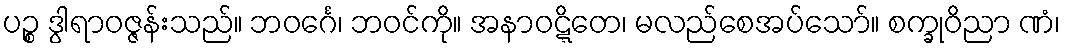
ပဉ္စ ဒွါရာဝဇ္ဇန်းသည်။ ဘဝင်္ဂေ၊ ဘဝင်ကို။ အနာဝဋ္ဋိတေ၊ မလည်စေအပ်သော်။ စက္ခုဝိညာ ဏံ၊